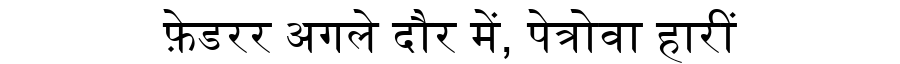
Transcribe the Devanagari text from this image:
फ़ेडरर अगले दौर में, पेत्रोवा हारीं